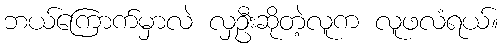
ဘယ်ကြောက်မှာလဲ လှဦးဆိုတဲ့လူက လူဖလံရယ်။